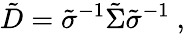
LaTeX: \tilde{D}=\tilde{\sigma}^{-1}\tilde{\Sigma}\tilde{\sigma}^{-1}\ ,